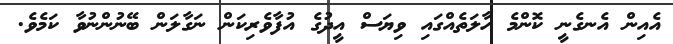
އެއިން އެނގެނީ ކޮންމެ ހާލަތެއްގައި ވިޔަސް އީދުގެ އުފާވެރިކަން ނަގާލަން ބޭނުންނުވާ ކަމެވެ.